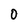
Character: 0